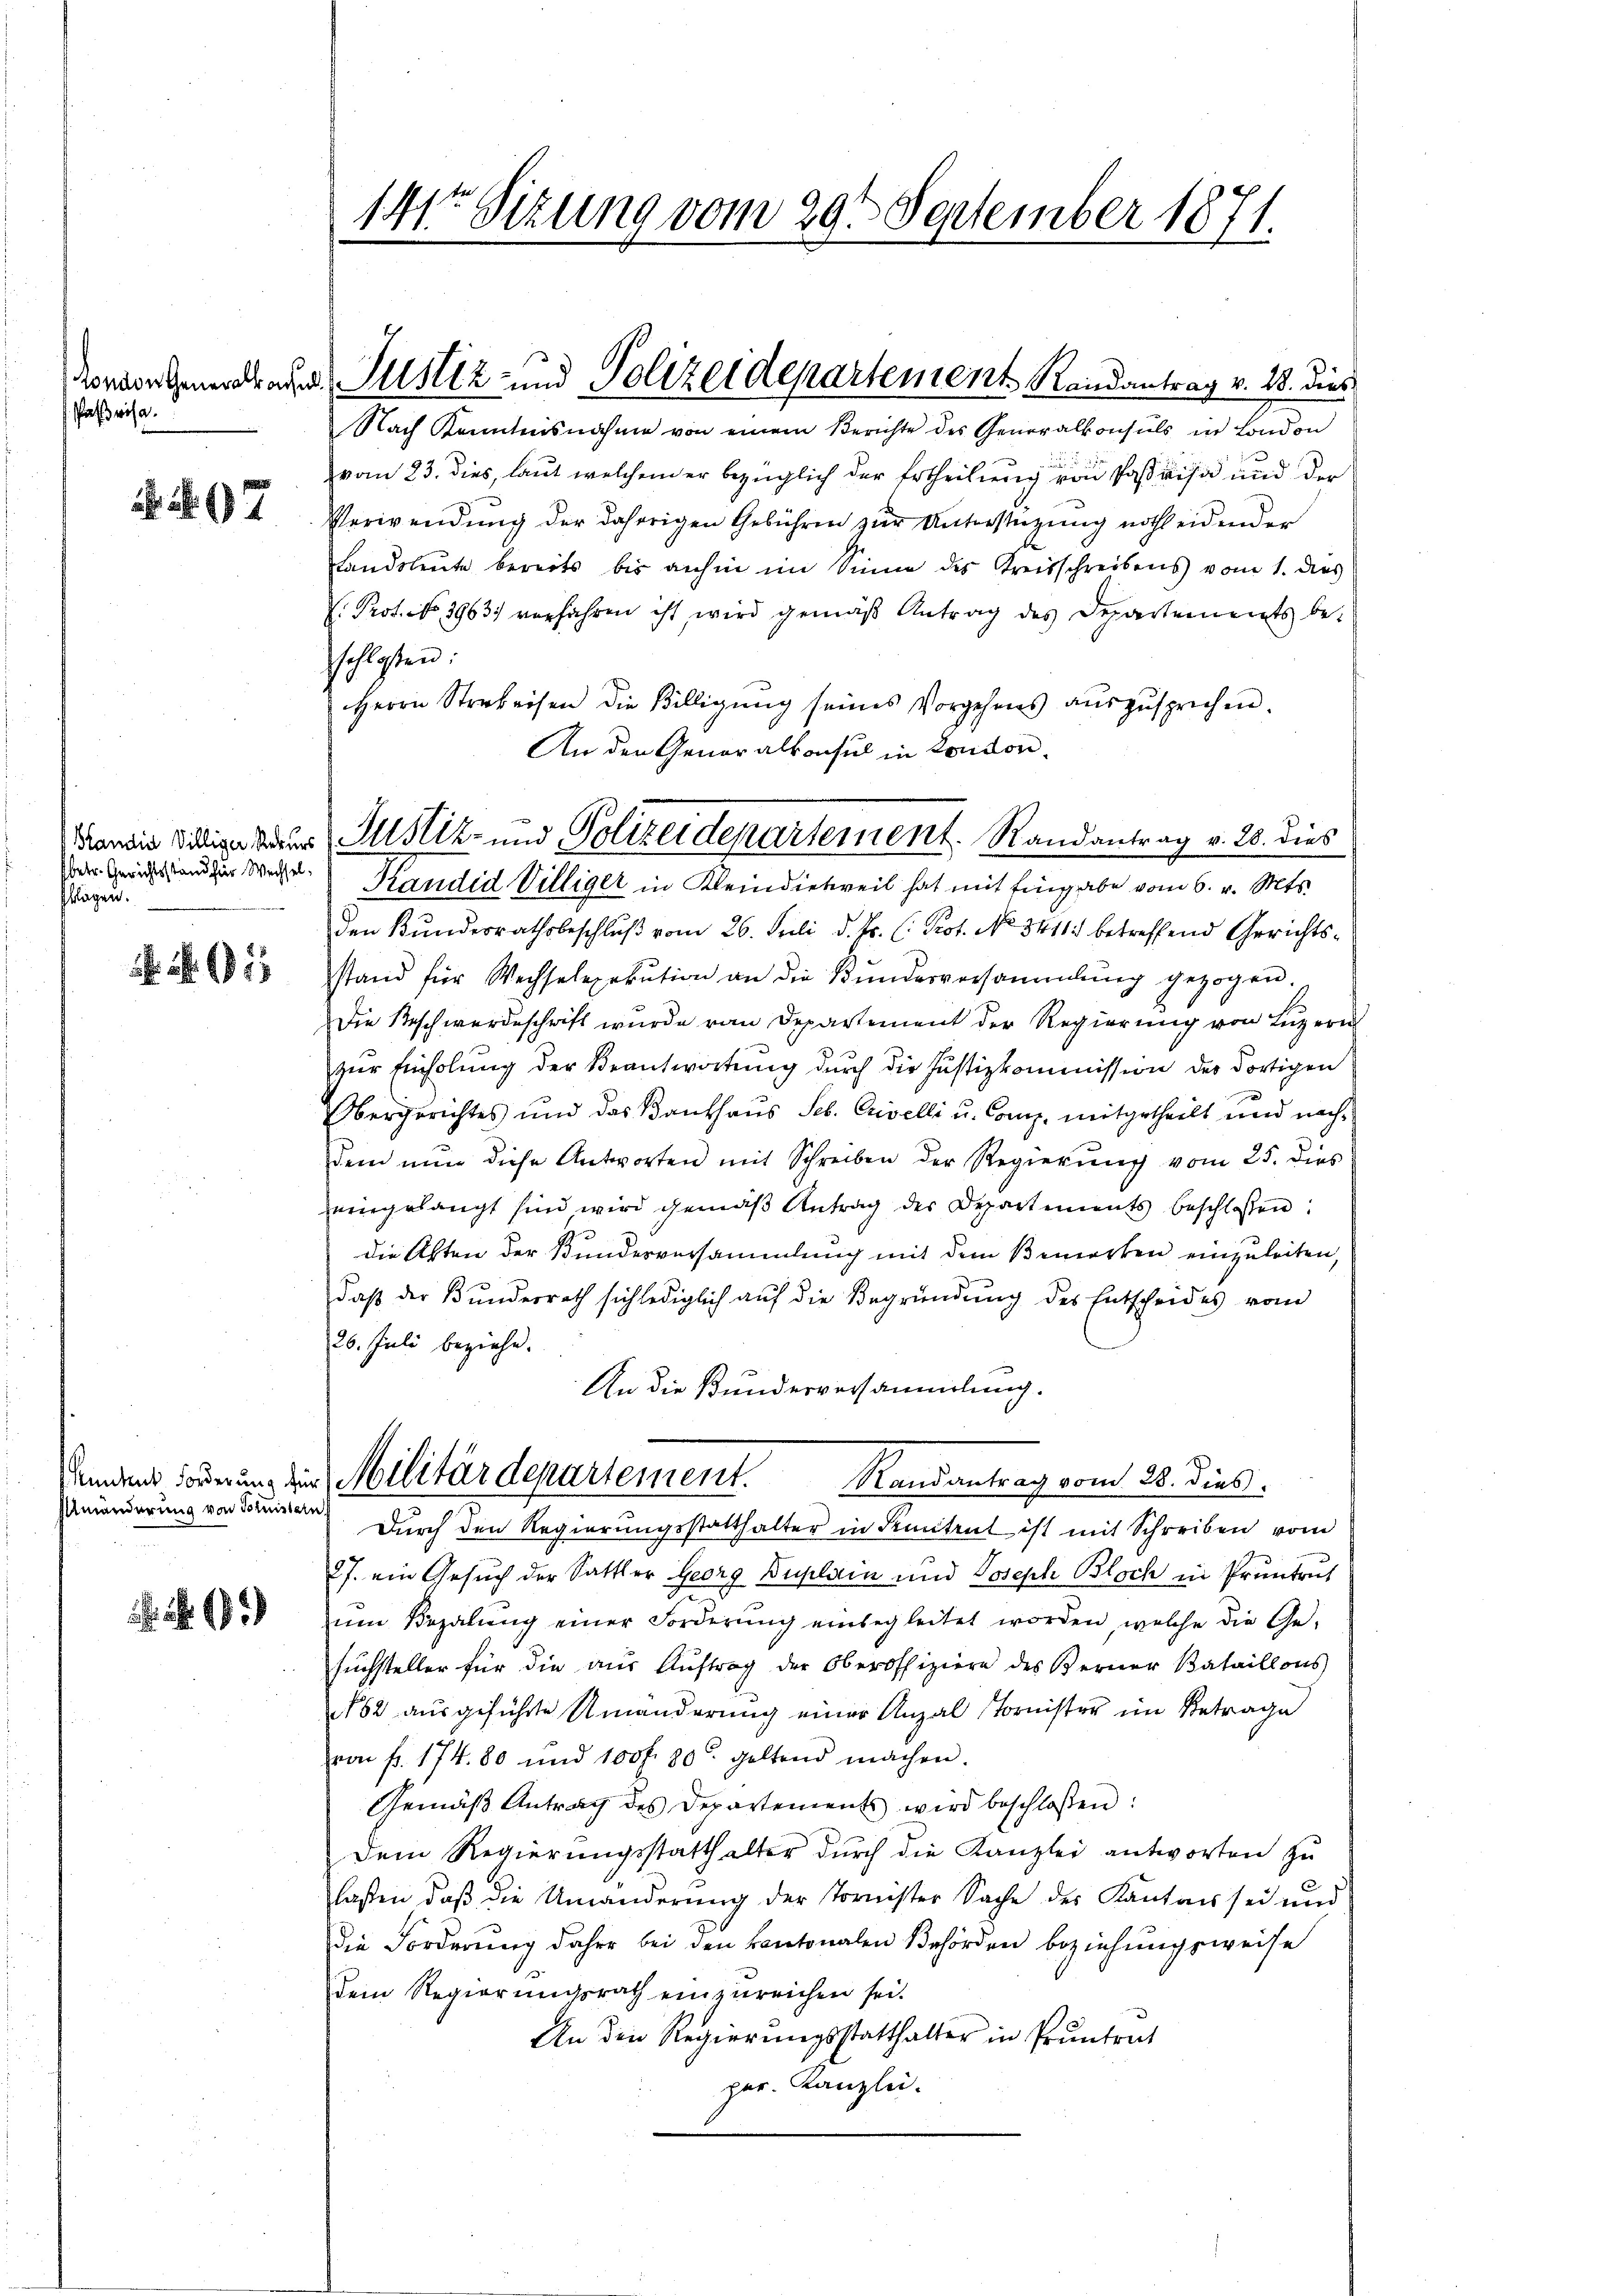
aßwisa.

Nr. 7

Standia Villiger Rekurs
betr. Gerichtsstand hier Wechsel,
klagen.

. S. 1

Umänderung von Tornistern

141ten Sizung vom 29t September 1811
1.

Komorgedauer Justiz- und Polizeidepartement Randantrag v. 13. dies

Nach Kenntensnahme von einem Berichte des Generalkonsuls in London

vom 23. dies, laut welchen er bezüglich der Ertheilung von Paßaisa und der
Verwendung der daherigen Gebühren zur Unterstüzung nothleidender
Landsleute bereits bis anhin im Sinne des Kreisschreibens vom 1. dies
E. Prot. No 3963) verfahren ist, wird gemäß Antrag des Departements beschlossen:
Herrn Strekeisen die Billigŭng seines Vorgehens auszusprechen.
An den Generalkonsul in London
den Bundesrathsbeschluß vom 26. Juli d. Js. (: Prot. No. 3411. betreffend Gerichtsstand für Wechselexekution an die Kŭndesversammlung gezogen.
Die Beschwerdeschrift wurde von Departement der Regierung von Luzern
zŭr Einholŭng der Beantwortung durch die Justizkommission der dortigen
Obergerichtes und das Bankhaus Seb. Crivelli u. Comp. mitgetheilt und nachdem nŭn diese Antworten mit Schreiben der Regierŭng vom 25. dies
eingelangt sind wird gemäß Antrag der Departements beschlossen:
die Akten der Bundesversammlung mit dem Bemerken einzuleiten,
daß der Bundesrath sich lediglich auf die Begründung des Entscheides vom
26. Juli beziehe.
An die Bundesversammlung.
unden Forderung der Militärdepartement.
Randantrag vom 28. dieß.
Durch den Regierungsstatthalter in Seitent ist mit Schreiben vom
27. ein Gesuch der Sattler Georg Duplain und Joseph Bloch in Pruntrut
um Bezalung einer Forderung einbegleitet worden, welche die Ge-
suchsteller für die aŭs Aŭftrag der Oberoffiziere des Berner Bataillons
82 ausgeführte Umänderung einer Anzal Tornister im Betrage
von fr. 174. 80 und 100 f. 30. geltend machen.
Gemäß Antrag des Departements wird beschloßen:
Dem Regierungsstatthalter durch die Kanzlei antworten zu
laßen, daβ die Umänderŭng der Tornister Sache des Kanton sei und
Die Forderung daher bei den Kantonalen Behörden beziehungsweise
dem Regierungsrath einzŭreichen sei.
An den Regierungsstatthalter in Pruntrut
per. Kanzlei.

Justiz- und Polizeidepartement. Randantrag v. 28. dies
Kandid Villiger in Kleindietweil hat mit Eingabe vom 6. v. Mts.